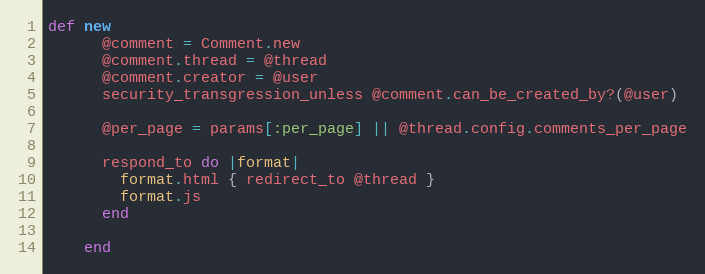
Language: Ruby
def new
      @comment = Comment.new
      @comment.thread = @thread
      @comment.creator = @user
      security_transgression_unless @comment.can_be_created_by?(@user)

      @per_page = params[:per_page] || @thread.config.comments_per_page

      respond_to do |format|
        format.html { redirect_to @thread }
        format.js
      end

    end